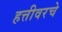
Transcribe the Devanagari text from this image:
हत्तीवरचे